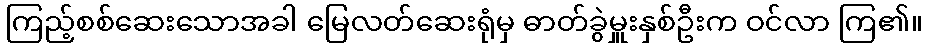
ကြည့်စစ်ဆေးသောအခါ မြေလတ်ဆေးရုံမှ ဓာတ်ခွဲမှူးနှစ်ဦးက ဝင်လာ ကြ၏။